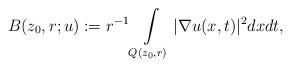
LaTeX: \begin{align*}B(z_{0},r;u):=r^{-1}\int\limits_{Q(z_{0},r)}|\nabla u(x,t)|^2dxdt,\end{align*}